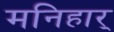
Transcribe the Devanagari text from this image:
मनिहार्